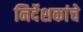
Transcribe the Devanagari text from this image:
निर्देशकांचे